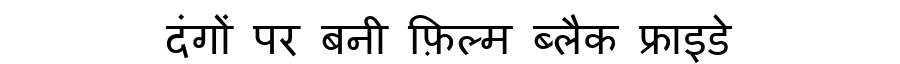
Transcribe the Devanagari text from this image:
दंगों पर बनी फ़िल्म ब्लैक फ्राइडे